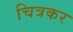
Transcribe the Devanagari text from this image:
चित्रकर